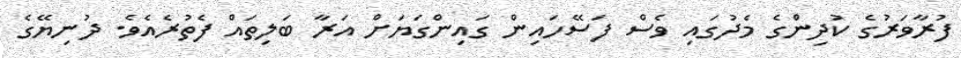
ފުރާވަރުގެ ކުދިންގެ މެދުގައި ވެސް ފަސޭހައިން ގައިންގަޔަށް އަރާ ބަލިތައް ފެތުރެއެވެ. ދުނިޔޭގެ